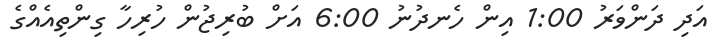
އަދި ދަންވަރު 1:00 އިން ހެނދުނު 6:00 އަށް ބުރިޖުން ހުރިހާ ގިންތިއެއްގެ